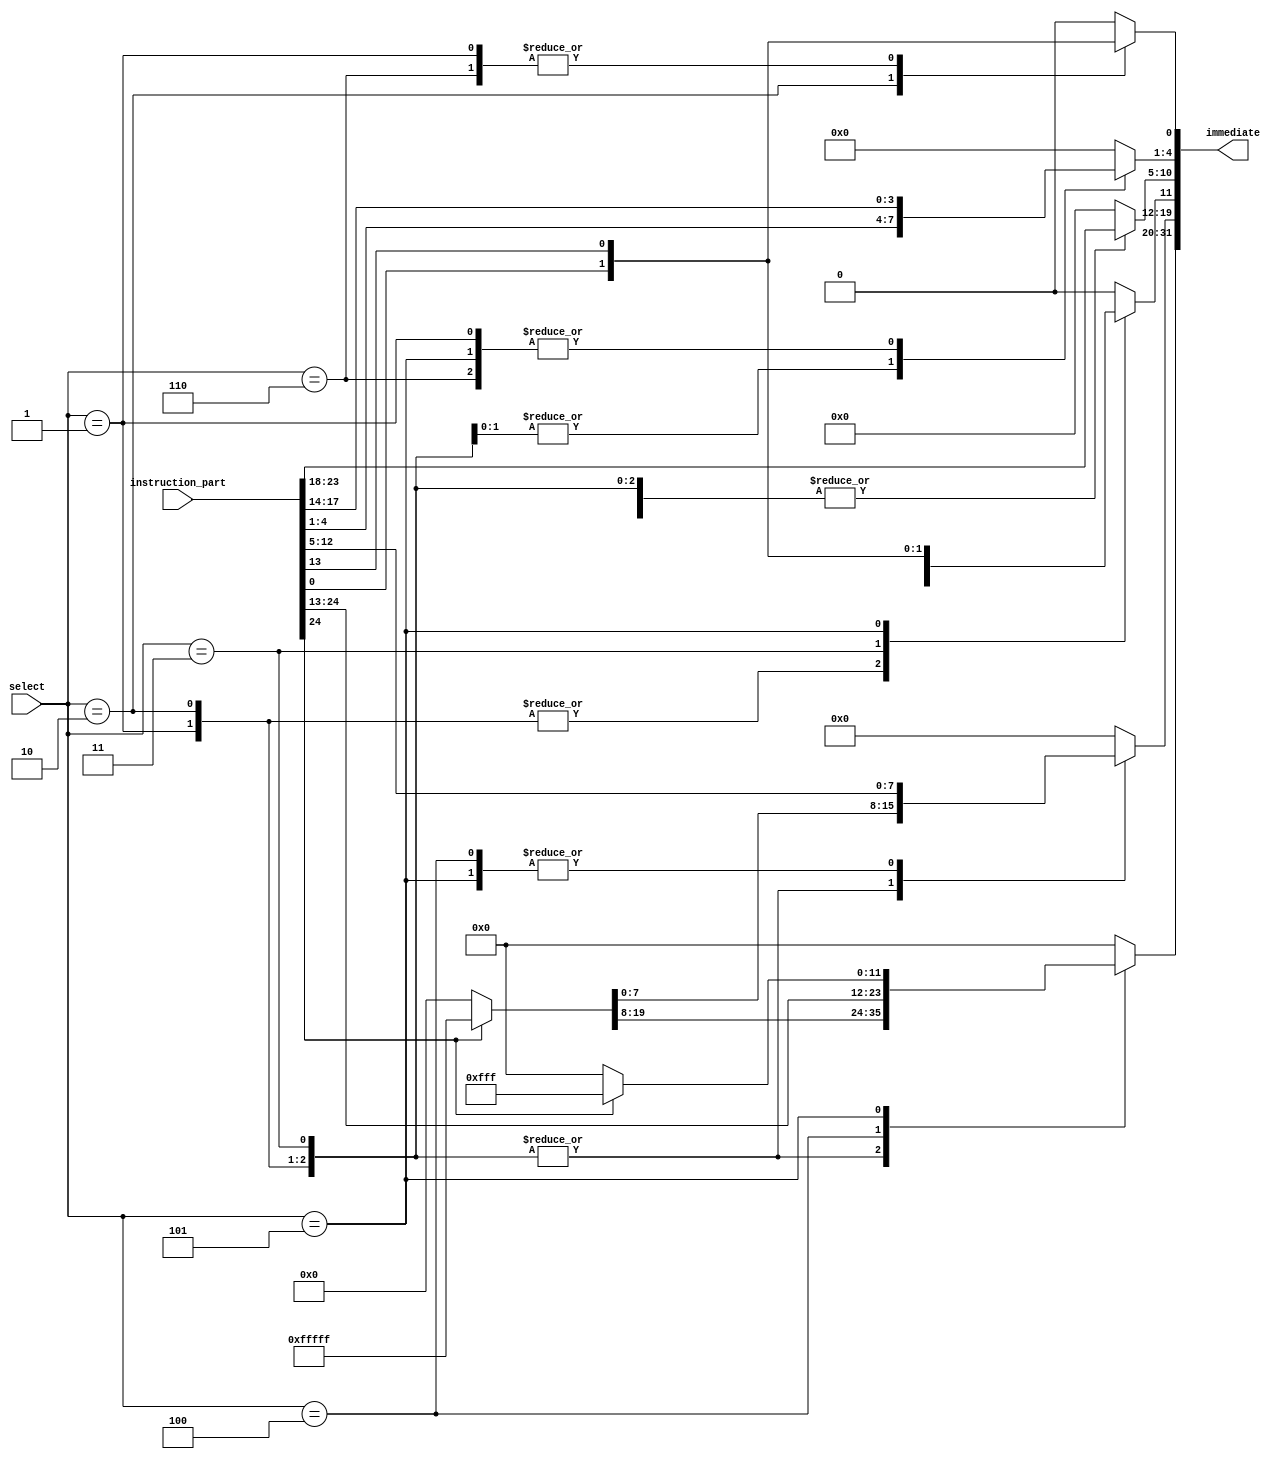
module immediate_generator (instruction_part, select, immediate);
	input [24:0] instruction_part;
	input [2:0] select;
	output reg [31:0] immediate;
	
	always @*
	begin
		case(select)
			// imm_r
			3'b000 : immediate <= 0;
			
			// imm_i
			3'b001 : 
				begin
					immediate[11:0] <= instruction_part[24:13];
					immediate[31:12] <= instruction_part[24]?20'b1111_1111_1111_1111_1111:20'b0;
				end
			
			// imm_s
			3'b010 :
				begin
					immediate[4:0] <= instruction_part[4:0];
					immediate[11:5] <= instruction_part[24:18];
					immediate[31:12] <= instruction_part[24]?20'b1111_1111_1111_1111_1111:20'b0;
				end
			
			// imm_b
			3'b011 :
				begin
					immediate[0] <= 0;
					immediate[4:1] <= instruction_part[4:1];
					immediate[10:5] <= instruction_part[23:18];
					immediate[11] <= instruction_part[0];
					immediate[31:12] <= instruction_part[24]?20'b1111_1111_1111_1111_1111:20'b0;
				end
			
			// imm_u
			3'b100 :
				begin
					immediate[11:0] <= 0;
					immediate[31:12] <= instruction_part[24:5];
				end
				
			
			// imm_j
			3'b101 :
				begin
					immediate[0] <= 0;
					immediate[10:1] <= instruction_part[23:14];
					immediate[11] <= instruction_part[13];
					immediate[19:12] <= instruction_part[12:5];
					immediate[31:20] <= instruction_part[24]?12'b1111_1111_1111:12'b0;
				end
			
			// shamt
			3'b110 :
				begin
					immediate[4:0] <= instruction_part[17:13];
					immediate[31:5] <= 0;
				end
			
			default: immediate <= 0;
			
		endcase
	end
endmodule